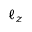
\ell _ { z }